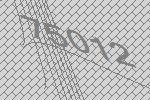
75012